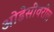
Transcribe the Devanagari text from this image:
ओडेसीवरील